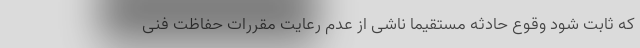
که ثابت شود وقوع حادثه مستقیما ناشی از عدم رعایت مقررات حفاظت فنی